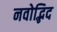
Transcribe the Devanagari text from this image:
नवोद्भिद